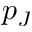
p _ { J }